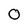
Character: O